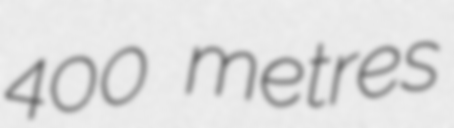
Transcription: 400 metres